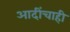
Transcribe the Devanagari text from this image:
आदींचाही